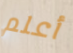
أعلم